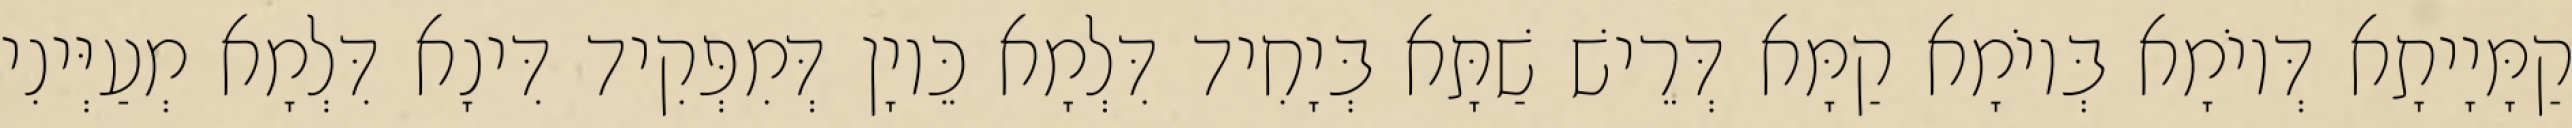
קַמָּיָיתָא דְּיוֹמָא בְּיוֹמָא קַמָּא דְּרֵישׁ שַׁתָּא בְּיָחִיד דִּלְמָא כֵּיוָן דְּמִפְּקִיד דִּינָא דִּלְמָא מְעַיְּינִי